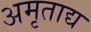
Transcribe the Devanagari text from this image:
अमृताद्य